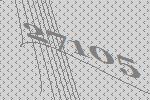
27105